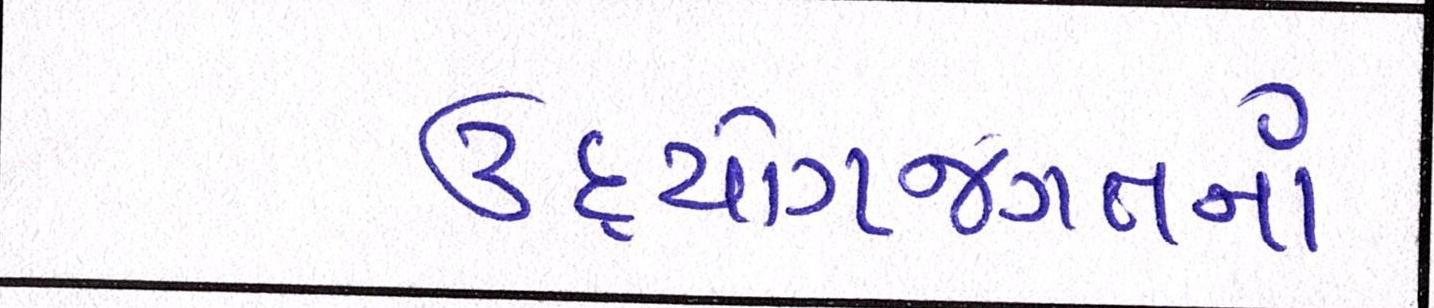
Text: ઉદ્યોગજગતનાં